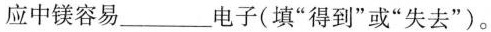
应中镁容易___电子(填”得到”或”失去”)。